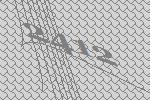
2412